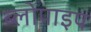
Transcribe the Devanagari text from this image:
ब्लोपाइप